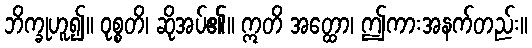
ဘိက္ခုဟူ၍။ ဝုစ္စတိ၊ ဆိုအပ်၏။ ဣတိ အတ္ထော၊ ဤကားအနက်တည်း။